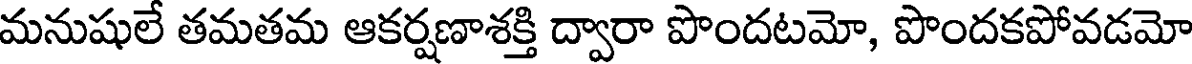
మనుషులే తమతమ ఆకర్షణాశక్తి ద్వారా పొందటమో, పొందకపోవడమో